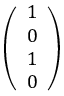
\left( \begin{array} { l } { 1 } \\ { 0 } \\ { 1 } \\ { 0 } \end{array} \right)